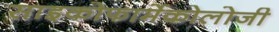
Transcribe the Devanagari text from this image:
साइकोफार्मेकोलोजी